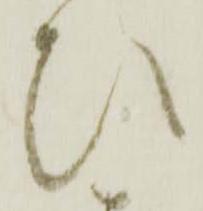
ひ